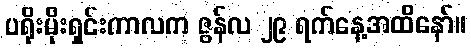
ပရိုးမိုးရှင်းကာလက ဇွန်လ ၂၉ ရက်နေ့အထိနော်။